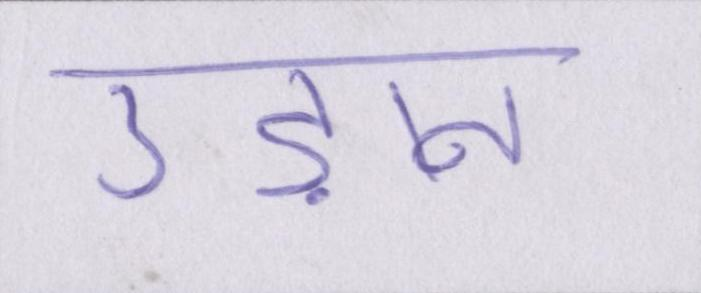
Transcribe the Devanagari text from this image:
उड़ान